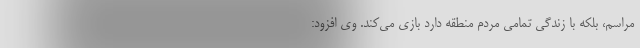
مراسم، بلکه با زندگی تمامی مردم منطقه دارد بازی می‌کند. وی افزود: